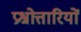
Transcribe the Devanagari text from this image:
प्रश्नोत्तारियों